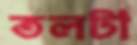
তলটা